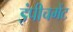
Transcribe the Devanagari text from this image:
इंपीचमेंट